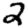
Digit: 2